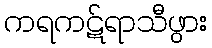
ကရကဋ်ရာသီဖွား